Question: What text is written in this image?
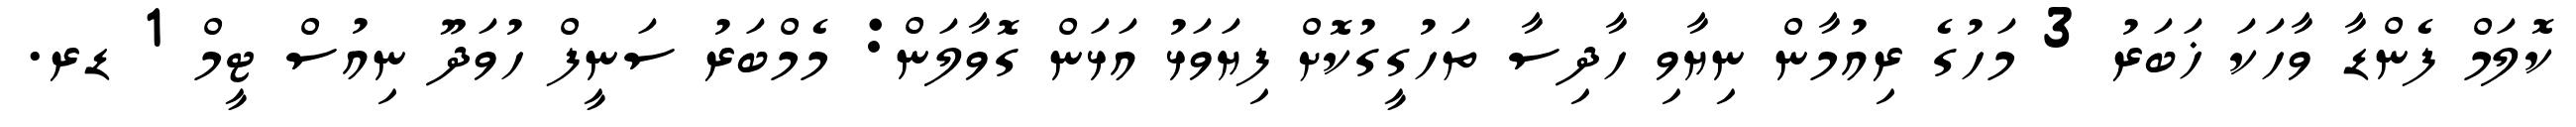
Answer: ކޮލަމް ފެންޑާ ވާހަކަ ޚަބަރު 3 މަހުގެ ރިއުމާން ނިޔާވި ހާދިސާ ތަހުގީގުކޮށް ފިޔަވަޅު އަޅަން ގޮވާލަން: މެމްބަރު ސަނީފް ހުވަދޫ ނިއުސް ޓީމް 1 ޑރ.